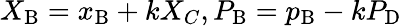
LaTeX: X_{\mathrm{B}}=x_{\mathrm{B}}+kX_{C},P_{\mathrm{B}}=p_{\mathrm{B}}-kP_{\mathrm{D}}